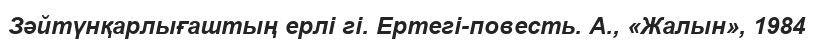
Зәйтүнқарлығаштың ерлі гі. Ертегі-повесть. А., «Жалын», 1984